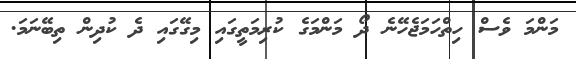
މަންމަ ވެސް ހިތްހަމަޖެހޭނެ ދޯ މަންމަގެ ކުރިމަތީގައި މިގޭގައި ދެ ކުދިން ތިބޭނަމަ.